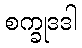
စက္ခုဒဒါ